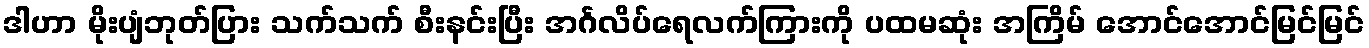
ဒါဟာ မိုးပျံဘုတ်ပြား သက်သက် စီးနင်းပြီး အင်္ဂလိပ်ရေလက်ကြားကို ပထမဆုံး အကြိမ် အောင်အောင်မြင်မြင်